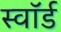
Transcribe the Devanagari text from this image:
स्‍वॉर्ड